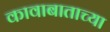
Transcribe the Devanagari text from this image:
कावाबाताच्या